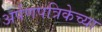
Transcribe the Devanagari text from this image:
अर्पणपत्रिकेच्या